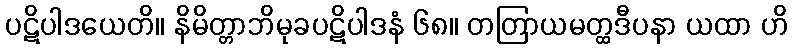
ပဋိပါဒယေတိ။ နိမိတ္တာဘိမုခပဋိပါဒနံ ၆၈။ တတြာယမတ္ထဒီပနာ ယထာ ဟိ